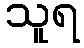
သူရ